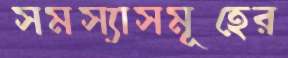
সমস্যাসমূহের